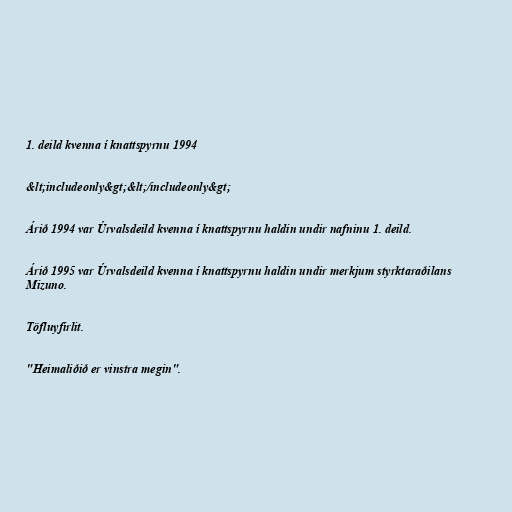
1. deild kvenna í knattspyrnu 1994

&lt;includeonly&gt;&lt;/includeonly&gt;

Árið 1994 var Úrvalsdeild kvenna í knattspyrnu haldin undir nafninu 1. deild.

Árið 1995 var Úrvalsdeild kvenna í knattspyrnu haldin undir merkjum styrktaraðilans
Mizuno.

Töfluyfirlit.

"Heimaliðið er vinstra megin".